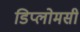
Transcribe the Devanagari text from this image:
डिप्लोमसी